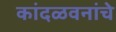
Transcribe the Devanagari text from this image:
कांदळवनांचे